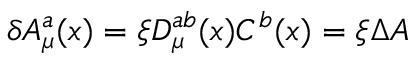
\delta { \cal A } _ { \mu } ^ { a } ( x ) = \xi { \cal D } _ { \mu } ^ { a b } ( x ) C ^ { b } ( x ) = \xi \Delta { \cal A }